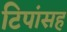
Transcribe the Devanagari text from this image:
टिपांसह